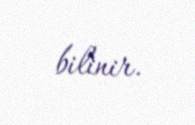
bilinir.